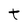
Character: t